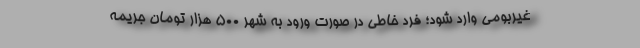
غیربومی وارد شود؛ فرد خاطی در صورت ورود به شهر ۵۰۰ هزار تومان جریمه